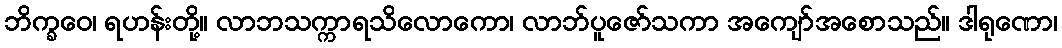
ဘိက္ခဝေ၊ ရဟန်းတို့။ လာဘသက္ကာရသိလောကော၊ လာဘ်ပူဇော်သကာ အကျော်အစောသည်။ ဒါရုဏော၊